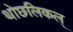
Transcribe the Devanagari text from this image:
थोछलिकल्